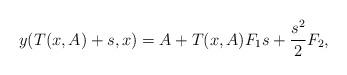
LaTeX: \begin{align*}y(T(x,A)+s,x)=A+T(x,A)F_{1}s+\frac{s^{2}}{2}F_{2},\end{align*}